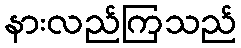
နားလည်ကြသည်